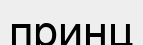
принц